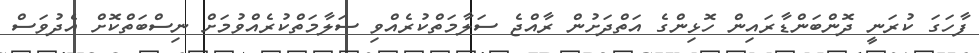
ފާހަގަ ކުރަނީ ދޮންބަންޑާރައިން ހޮޅިންގެ އަތްދަށުން ރާއްޖެ ސަލާމަތްކުރެއްވި ސަލާމަތްކުރެއްވުމަށް ނިސްބަތްކޮށް އެދުވަސް